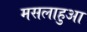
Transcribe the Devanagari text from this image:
मसलाहुआ